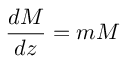
\frac { d M } { d z } = m M